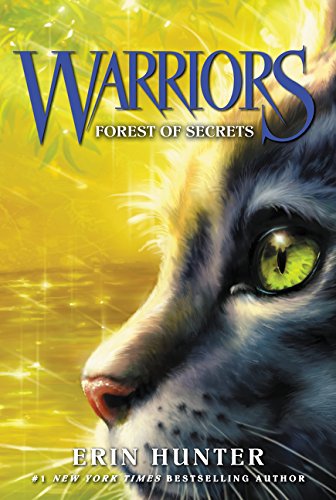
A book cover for Warriors #3: Forest of Secrets (Warriors: The Prophecies Begin); Erin Hunter; Children's Books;